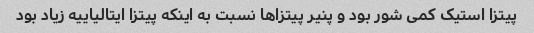
پیتزا استیک کمی شور بود و پنیر پیتزاها نسبت به اینکه پیتزا ایتالیاییه زیاد بود